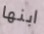
ابنها